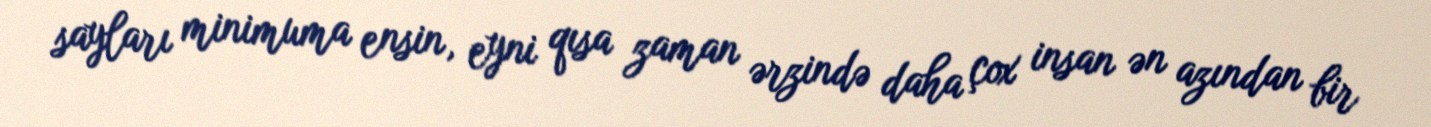
sayları minimuma ensin, eyni qısa zaman ərzində daha çox insan ən azından bir